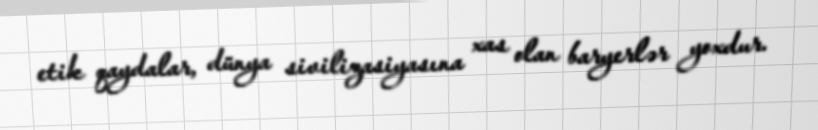
etik qaydalar, dünya sivilizasiyasına xas olan baryerlər yoxdur.